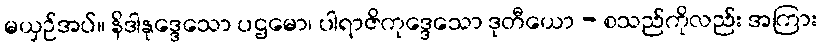
မယှဉ်အပ်။ နိဒါနုဒ္ဒေသော ပဌမော၊ ပါရာဇိကုဒ္ဒေသော ဒုတီယော - စသည်ကိုလည်း အကြား